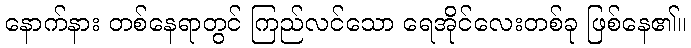
နောက်နား တစ်နေရာတွင် ကြည်လင်သော ရေအိုင်လေးတစ်ခု ဖြစ်နေ၏။